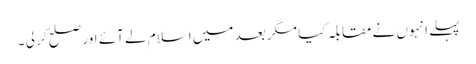
پہلے انہوں نے مقابلہ کیا مگر بعد میں اسلام لے آئے اور صلح کر لی ۔